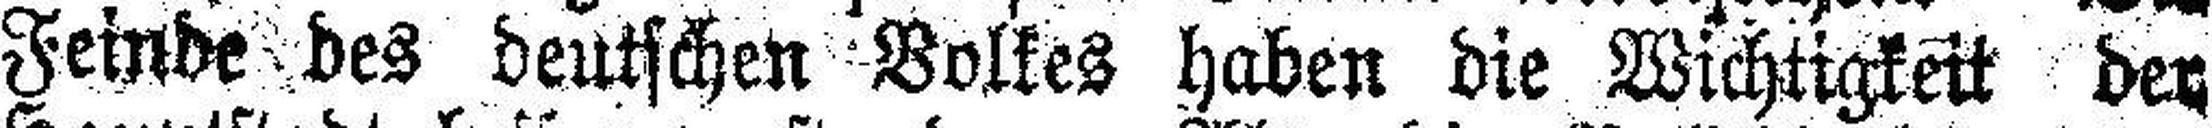
Feinde des deutschen Volkes haben die Wichtigkeit der